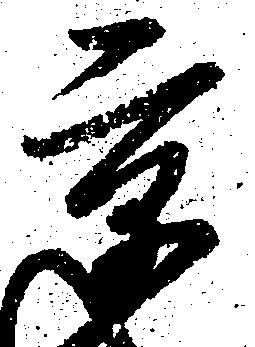
京